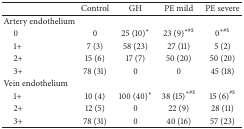
<table><thead><tr><td><b> </b></td><td><b>Control</b></td><td><b>GH</b></td><td><b>PE mild</b></td><td><b>PE severe</b></td></tr></thead><tbody><tr><td>Artery endothelium</td><td> </td><td> </td><td> </td><td> </td></tr><tr><td> 0</td><td>0</td><td>25 (10)*</td><td>23 (9)<sup>∗#$</sup></td><td>0<sup>∗#$</sup></td></tr><tr><td> 1+</td><td>7 (3)</td><td>58 (23)</td><td>27 (11)</td><td>5 (2)</td></tr><tr><td> 2+</td><td>15 (6)</td><td>17 (7)</td><td>50 (20)</td><td>50 (20)</td></tr><tr><td> 3+</td><td>78 (31)</td><td>0</td><td>0</td><td>45 (18)</td></tr><tr><td>Vein endothelium</td><td> </td><td> </td><td> </td><td> </td></tr><tr><td> 1+</td><td>10 (4)</td><td>100 (40)*</td><td>38 (15)<sup>∗#$</sup></td><td>15 (6)<sup>#$</sup></td></tr><tr><td> 2+</td><td>12 (5)</td><td>0</td><td>22 (9)</td><td>28 (11)</td></tr><tr><td> 3+</td><td>78 (31)</td><td>0</td><td>40 (16)</td><td>57 (23)</td></tr></tbody></table>